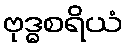
ဗုဒ္ဓစရိယံ